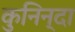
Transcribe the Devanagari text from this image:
कुनिन्दा